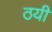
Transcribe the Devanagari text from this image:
ठयी